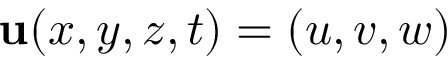
{ \bf u } ( x , y , z , t ) = ( u , v , w )